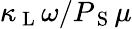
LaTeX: \kappa_{\mathrm{~L~}}\omega/P_{\mathrm{~S~}}\mu